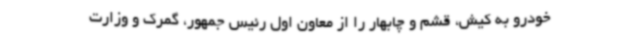
خودرو به کیش، قشم و چابهار را از معاون اول رئیس جمهور، گمرک و وزارت